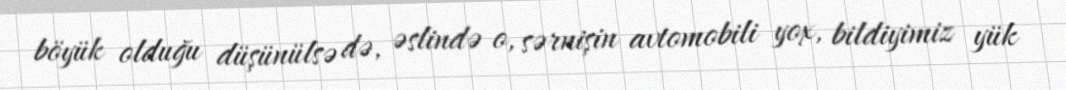
böyük olduğu düşünülsə də, əslində o, sərnişin avtomobili yox, bildiyimiz yük